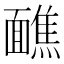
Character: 䩌